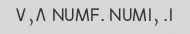
۱. NUMF. NUM۱٫ ۷٫۸